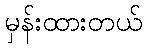
မှန်းထားတယ်